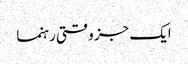
ایک جز وقتی رہنما